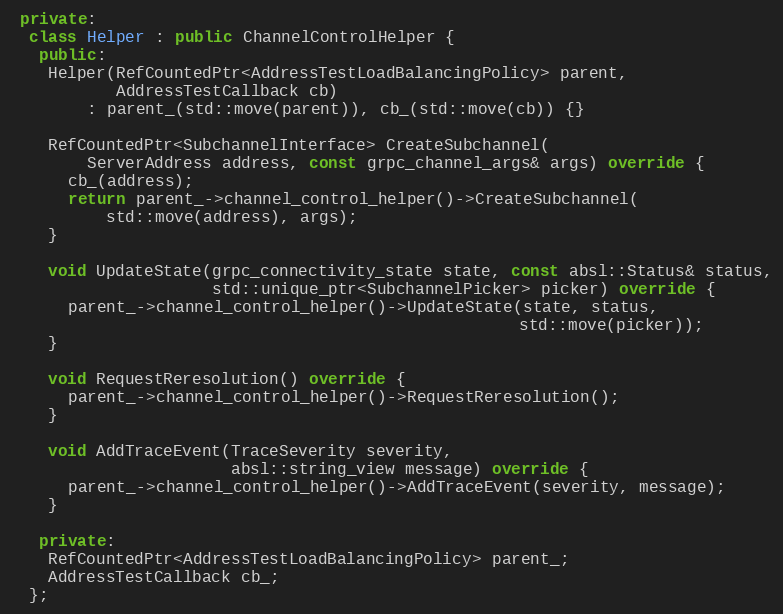
Language: C++
 private:
  class Helper : public ChannelControlHelper {
   public:
    Helper(RefCountedPtr<AddressTestLoadBalancingPolicy> parent,
           AddressTestCallback cb)
        : parent_(std::move(parent)), cb_(std::move(cb)) {}

    RefCountedPtr<SubchannelInterface> CreateSubchannel(
        ServerAddress address, const grpc_channel_args& args) override {
      cb_(address);
      return parent_->channel_control_helper()->CreateSubchannel(
          std::move(address), args);
    }

    void UpdateState(grpc_connectivity_state state, const absl::Status& status,
                     std::unique_ptr<SubchannelPicker> picker) override {
      parent_->channel_control_helper()->UpdateState(state, status,
                                                     std::move(picker));
    }

    void RequestReresolution() override {
      parent_->channel_control_helper()->RequestReresolution();
    }

    void AddTraceEvent(TraceSeverity severity,
                       absl::string_view message) override {
      parent_->channel_control_helper()->AddTraceEvent(severity, message);
    }

   private:
    RefCountedPtr<AddressTestLoadBalancingPolicy> parent_;
    AddressTestCallback cb_;
  };